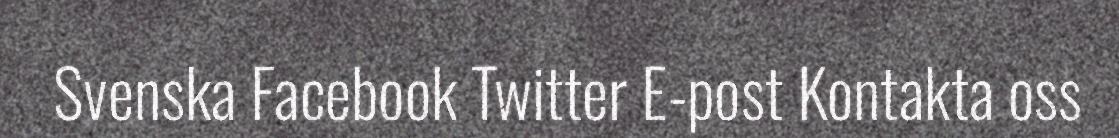
Svenska Facebook Twitter E-post Kontakta oss